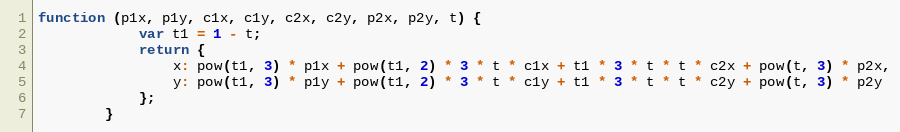
Language: JavaScript
function (p1x, p1y, c1x, c1y, c2x, c2y, p2x, p2y, t) {
            var t1 = 1 - t;
            return {
                x: pow(t1, 3) * p1x + pow(t1, 2) * 3 * t * c1x + t1 * 3 * t * t * c2x + pow(t, 3) * p2x,
                y: pow(t1, 3) * p1y + pow(t1, 2) * 3 * t * c1y + t1 * 3 * t * t * c2y + pow(t, 3) * p2y
            };
        }